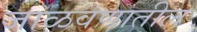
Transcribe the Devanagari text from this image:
जाळवणातील